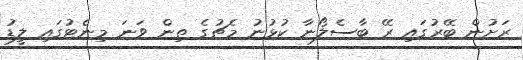
ރަށުން ބޭރުގައި ރޭ ބާސެލޯނާ ކުޅުނު މެޗުގެ ތިން ވަނަ މިނެޓުގައި ލީޑު